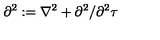
\partial ^ { 2 } : = \nabla ^ { 2 } + \partial ^ { 2 } / \partial ^ { 2 } \tau